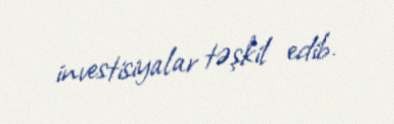
investisiyalar təşkil edib.